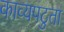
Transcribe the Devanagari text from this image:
काव्यपटुता